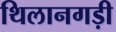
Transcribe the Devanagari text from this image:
थिलानगड़ी